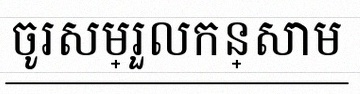
ចូរសម្រួលកន្សោម